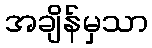
အချိန်မှသာ